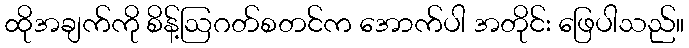
ထိုအချက်ကို စိန့်ဩဂတ်စတင်က အောက်ပါ အတိုင်း ဖြေပါသည်။